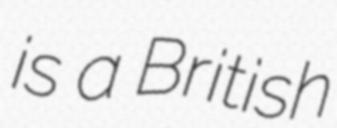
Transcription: is a British